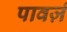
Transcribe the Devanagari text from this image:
पावर्ज़